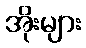
အိုးများ